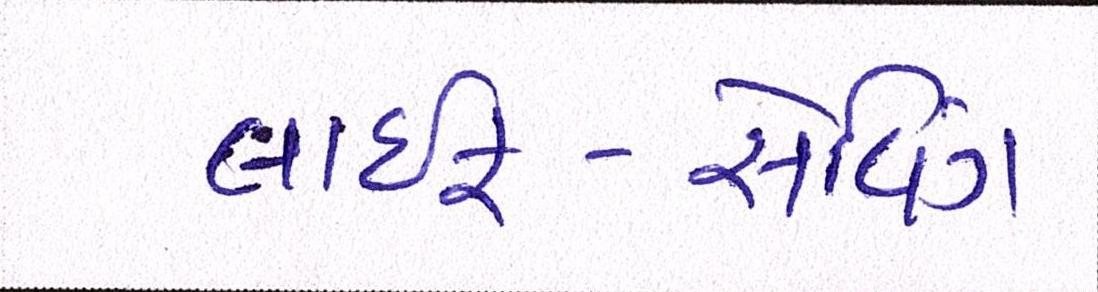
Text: લાઇફ-સેવિંગ